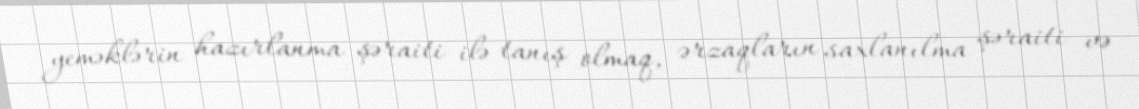
yeməklərin hazırlanma şəraiti ilə tanış olmaq, ərzaqların saxlanılma şəraiti və